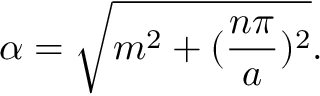
\alpha = \sqrt { m ^ { 2 } + ( \frac { n \pi } { a } ) ^ { 2 } } .